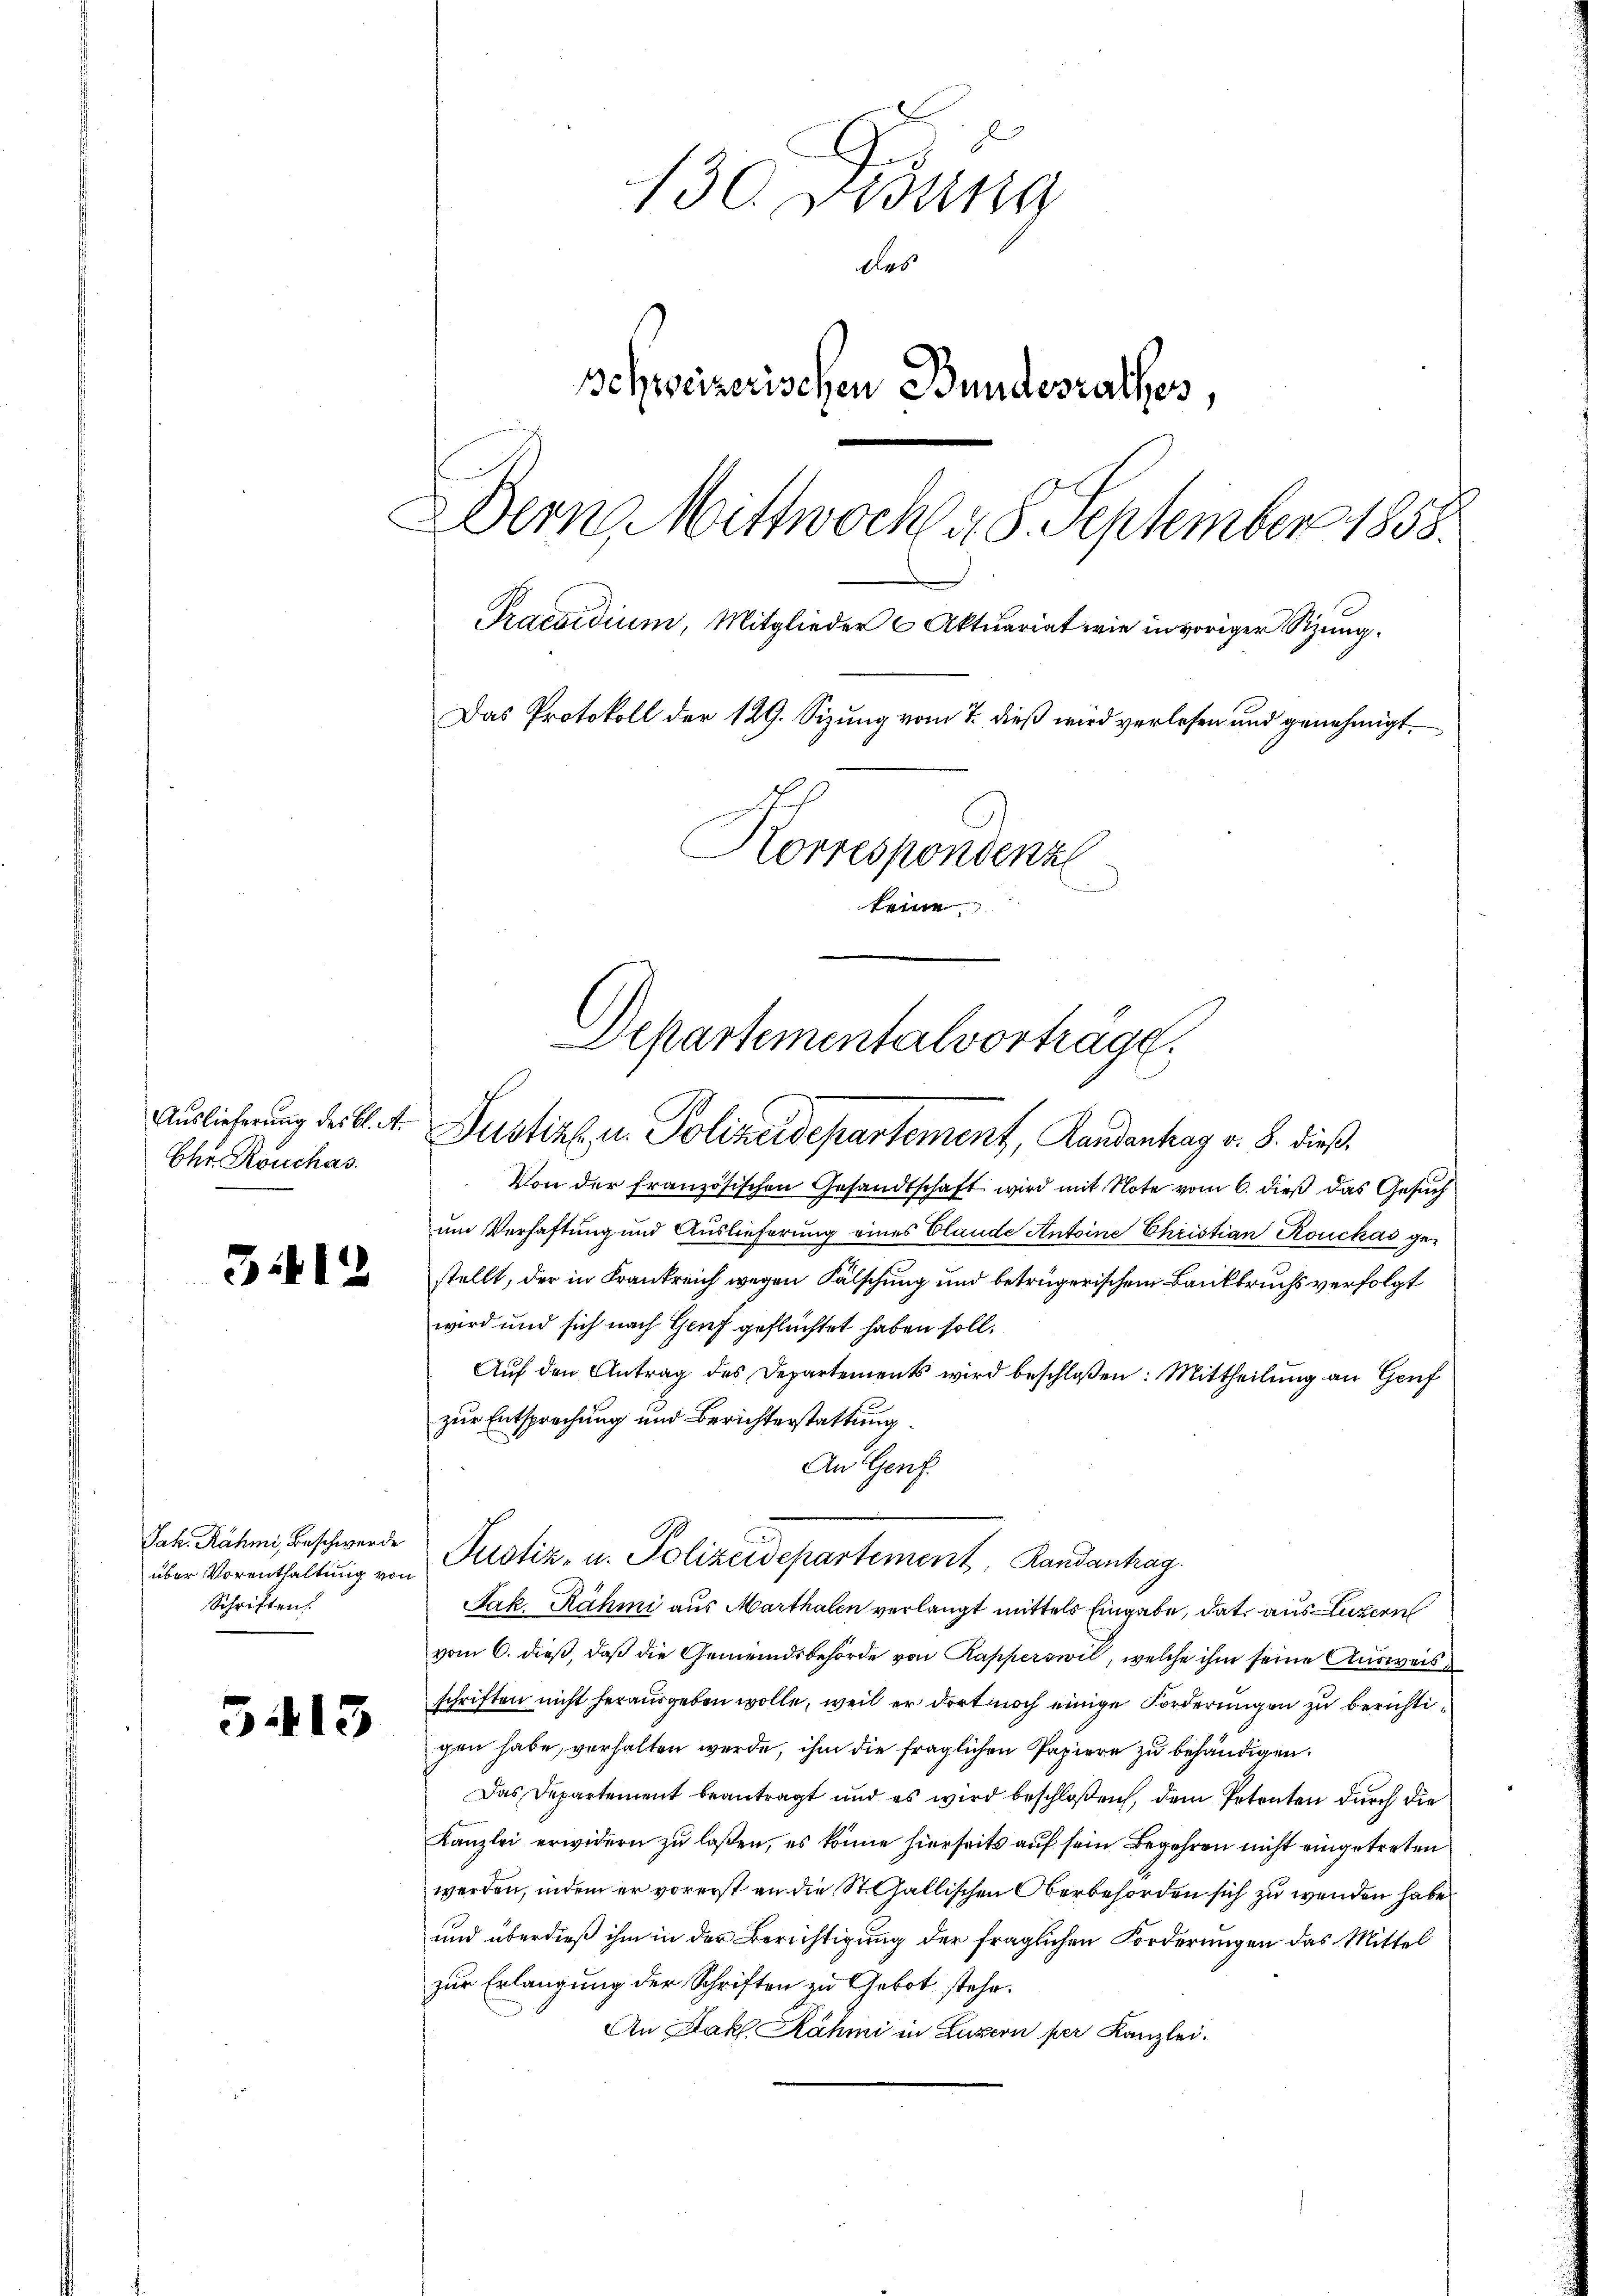
Ehr Rouchas

3412

Jak. Rähmi, Beschwerde
über Vorenthaltung von
Schriften

3.13

130 Didung
des
Schweizerischen Bundesrathes,
Dern Mittwoch 48. September 1858.
Praesidium, Mitglieder Aktuariat wie in voriger Sitzung.
Das Protokoll der 129. Sizung vom 7. dieß wird verlesen und genehmigt.
Korrespondenze
keine

Separtementalvortrage
Auslieferung der Al. 4. Justiz u. Polizeidepartement, Randanhay v. 8. dieß.

Von der französischen Gesandtschaft wird mit Note vom 6. dieß das Gesuch
um Verhaftung und Auslieferung eines Blaude Antoine Christian Rouchas gestellt, der in Frankreich wegen Fälschung und betrügerischem Bankbruchs verfolgt
wird und sich nach Genf geflüchtet haben soll.
Auf den Antrag des Departements wird beschloßen: Mittheilung an Genf
zur Entsprechung und Berichterstattung.
An Genf.
Jak Rähmi aus Marthalen verlangt mittels Eingabe, dat. aus Luzern
vom 6. dieß, daß die Gemeindsbehörde von Kapperswil, welche ihm seine Ausweis
schriften nicht herausgeben wolle, weil er dort noch einige Forderungen zu berichtigen habe, verhalten werde, ihm die fraglichen Papiere zu behändigen.
Das Departement beantragt und es wird beschloßen, dem Petenten durch die
Kanzlei erwidern zu laßen, es könne hierseits auf sein Begehren nicht eingetreten
werden, indem er vorerst an die St. Gallischen Oberbehörden sich zu wenden habe.
und überdieß ihm in der Berichtigung der fraglichen Forderungen das Mittel
zur Erlangung der Schriften zu Gebot stehe.
An Jak. Rähmi in Luzern per Kanzlei.

Justiz- u. Polizeidepartement, Randantrag.